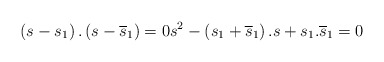
\begin{align*}\left(s-s_1\right).\left(s-\overline{s}_1\right)=0 s^2-\left(s_1+\overline{s}_1\right).s+s_1.\overline{s}_1=0\end{align*}